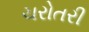
ચરોતરી